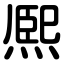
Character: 熈